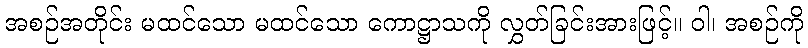
အစဉ်အတိုင်း မထင်သော မထင်သော ကောဋ္ဌာသကို လွှတ်ခြင်းအားဖြင့်။ ဝါ၊ အစဉ်ကို